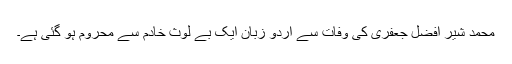
محمد شیر افضل جعفری کی وفات سے اردو زبان ایک بے لوث خادم سے محروم ہو گئی ہے۔